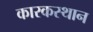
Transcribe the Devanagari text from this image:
कारकस्थान